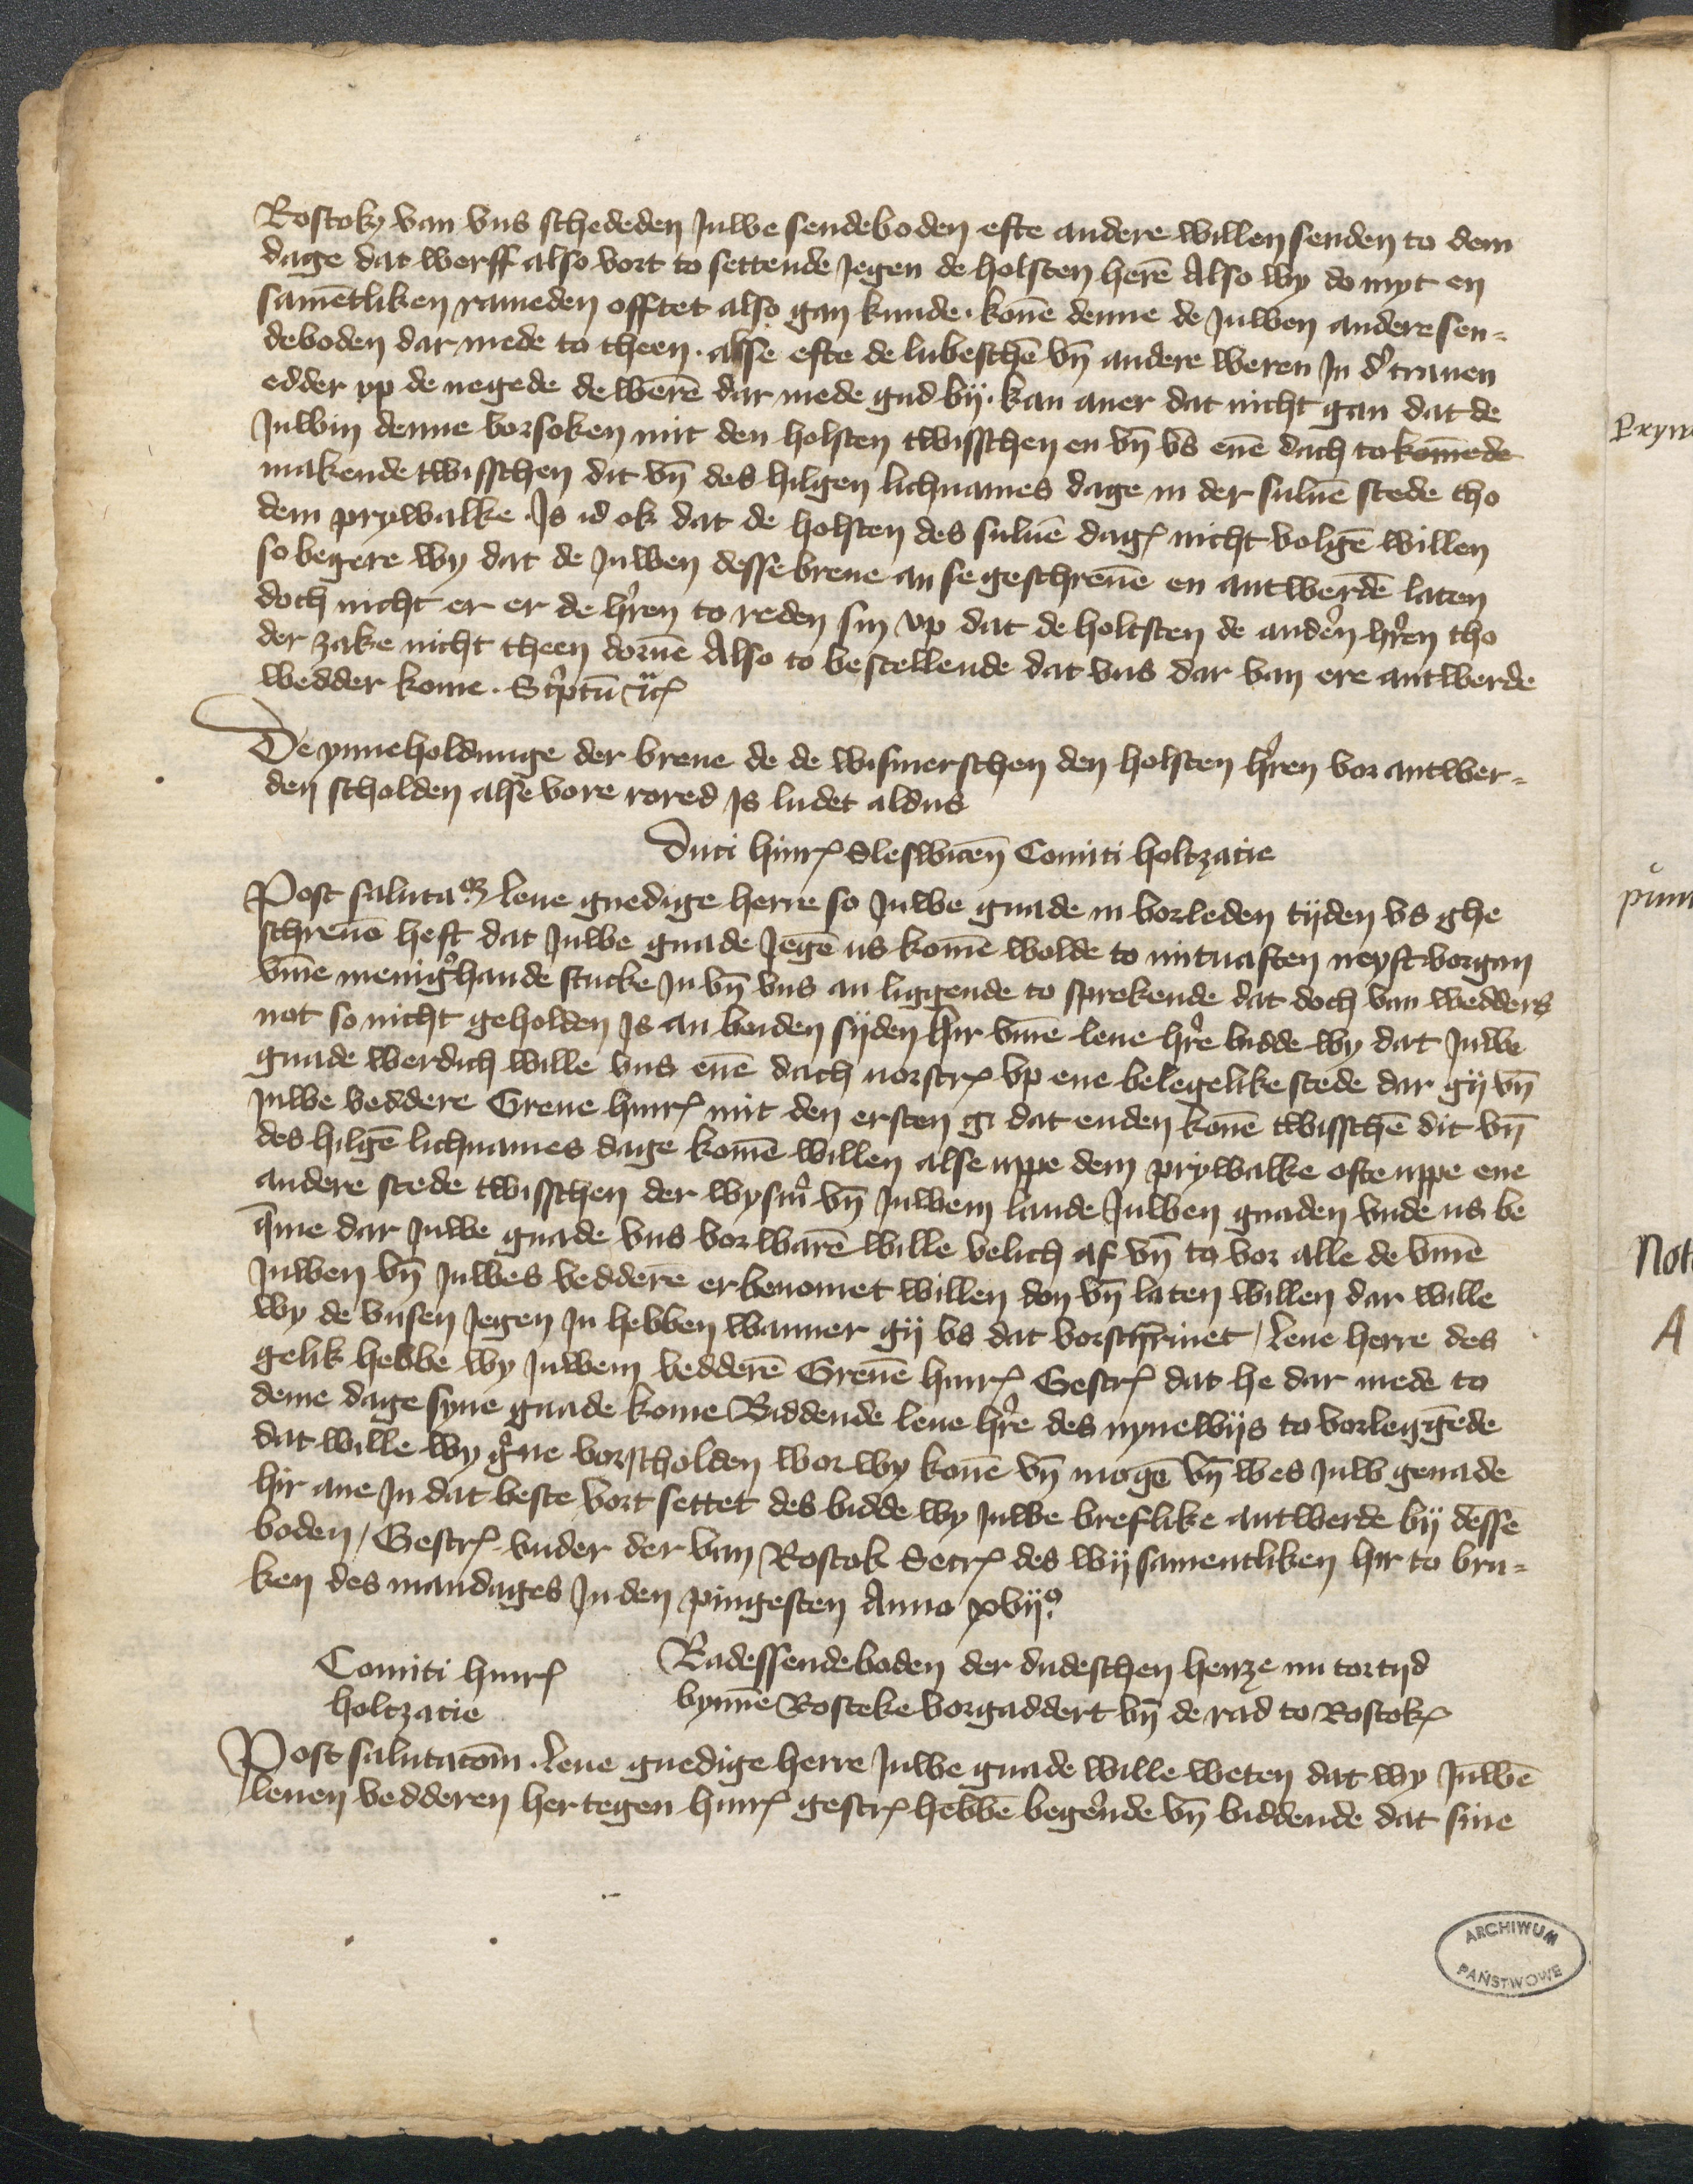
Rostok van vns schededen Juwe sendeboden efte andere willen senden to dem
dage dat werff also vort to settende Jegen de Holsten heren Also wy do myt en
samentliken rameden offtet also gan kunde. konen denne de Juwen andere sen¬
deboden dar mede to theen. alse efte de lubeschen vnd andere weren Jn der Trauen
edder vp de negede de weren dar mede gud by. kan auer dat nicht gan dat de
Juwin denne vorsoken mit den Holsten twisschen en vnd vs enen dach tokomende
makende twisschen dit vnd des hilgen lichnames dage in der suluen stede tho
dem Prywalke. Js id ok dat de Holsten des suluen dages nicht volgen willen
so begere wy dat de Juwen desse breue an se geschreuen en antwerden laten
doch nicht er er de herren to reden sin vp dat de Holtsten de anderen herren tho
der zake nicht theen dornen Also to bestellende dat vns dar van ere antwerde
wedder kome. Scriptum etcetera

De ynneholdinge der breue de de Wismerschen den Holsten herren vor antwer¬
den scholden alse vore rored Js ludet aldus
Duci Hinrick Sleswicen Comiti Holtzacie
Post salutatiam leue gnedige herre so Juwe gnade in vorleden tyden vs ghe¬
schreue heft dat Juwe gnade Jegen us komen wolde to mituasten neystrvorgan
vmme menigerhande stucke Jn vnd vns an liggende to sprekende dat doch van wedders
not so nicht geholden Js an beiden syden hir vmme leue herre bidde wy dat Juwe
gnade werdich wille vns enen dach uorscreuen vp ene belegelike stede dar gy vnd
Juwe veddere Greue Hinrick mit den ersten gi dat enden konen twisschen dit vnd
des hilgen lichnames dage komen willen alse vppe dem Prywalke ofte uppe ene
andere stede twisschen der Wysmer vnd Juwem lande Juwen gnaden vnde us be¬
qme dar Juwe gnade vns vorwaren wille velich af vnd to vor alle de vmme
Juwen vn Juwes beddere erbenomet willen don vnd laten willen dar wille
wy de vnsen Jegen Jn hebben wanner gy vs dat vorschriuet, leue herre des
gelik hebbe wy Juwem bedderen Greuen Hinrick Gescreuen dat he dar mede to
deme dage syne gnade kome Biddende leue herre des nynewys to vorleggede
dat wille wy gerne vorscholden wor wy kone vnd mogen vnd wes Juw genade
hir ane Jn dat beste vort settet des bidde wy Juwe breflike antwerde by desse
boden, Gescreuen vnder der van Rostok Secretum des wysamentliken hir to Bru¬
ken des mandages Jn den pingesten Anno xvijo
Comiti Hinrik
Holtzacie
Radessendeboden der dudeschen henze nu tortyd
bynne Rosteke vorgaddert vnd de rad to Rostoke

Post salutationem. leue gnedige herre Juwe gnade wille weten dat wy Juwen
neuen vedderen hertegen Hinrik gescreuen hebben begerende vnd biddende dat sine